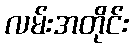
လမ်းအတိုင်း